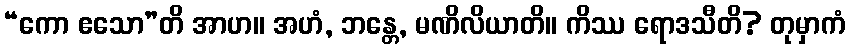
“ကော ဧသော”တိ အာဟ။ အဟံ, ဘန္တေ, မဏိလိယာတိ။ ကိဿ ရောဒသီတိ? တုမှာကံ